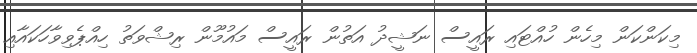
މިކަންކަން މިހެން ހުއްޓައި ރައީސް ނަޝީދު އަތުން ރައީސް މައުމޫން ރިޝްވަތު ހިއްޕެވިވާހަކައާއި